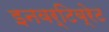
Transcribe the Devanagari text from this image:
इनवर्टिब्रेट